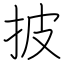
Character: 披